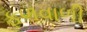
ફળવાળી